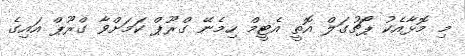
މި މޮޅާއެކު ޕޯޗުގަލް އޮތީ އެޓީމް ހިމެނޭ ގްރޫޕް ކަމަށްވާ ގްރޫޕް އައިގެ